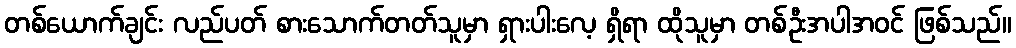
တစ်ယောက်ချင်း လည်ပတ် စားသောက်တတ်သူမှာ ရှားပါးလေ့ ရှိရာ ထိုသူမှာ တစ်ဦးအပါအဝင် ဖြစ်သည်။